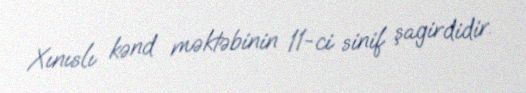
Xınıslı kənd məktəbinin 11-ci sinif şagirdidir.